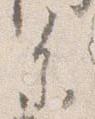
参